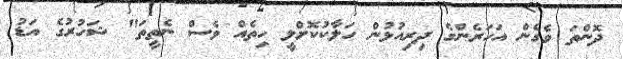
ދޮންތަ ވެގެން އަހަރެންގެ ދިރިއުޅުން ހަލާކުކޮށްލީ ހިތެއް ވެސް ނެތީތަ" ޝަހުރުގެ އަޑު